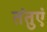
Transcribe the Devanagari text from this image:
तंतुएं